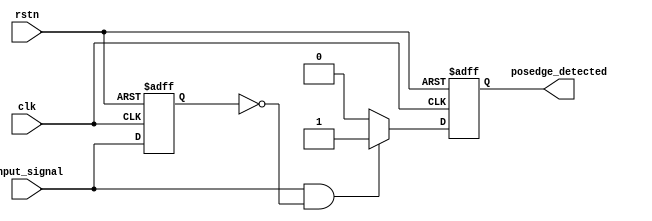
module posedge_detector (
    input wire clk,           // Clock input
    input wire rstn,         // Active-low reset
    input wire input_signal,  // Input signal to detect rising edge
    output reg posedge_detected // Output pulse for rising edge detection
);

    // Register to hold the previous value of the input signal
    reg prev_input_signal;

    // Always block triggered on the rising edge of the clock or on reset
    always @(posedge clk or negedge rstn) begin
        if (!rstn) begin
            prev_input_signal <= 1'b0;   // Reset previous signal to low
            posedge_detected <= 1'b0;     // Reset output pulse to low
        end else begin
            // Detect rising edge
            if (input_signal && !prev_input_signal) begin
                posedge_detected <= 1'b1;   // Set output pulse high for one clock cycle
            end else begin
                posedge_detected <= 1'b0;   // Reset output pulse
            end

            // Update previous input signal
            prev_input_signal <= input_signal;
        end
    end

endmodule